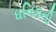
ધનિકની